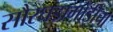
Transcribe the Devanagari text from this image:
सौरघडामोडींचा